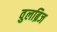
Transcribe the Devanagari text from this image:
वुलब्रिज